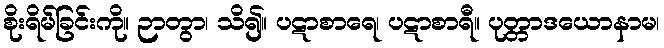
စိုးရိမ်ခြင်းကို။ ဉာတွာ၊ သိ၍။ ပဋာစာရေ၊ ပဋာစာရီ။ ပုတ္တာဒယောနာမ၊